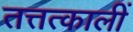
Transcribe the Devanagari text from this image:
तत्तत्कालीं